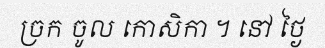
ច្រក ចូល កោសិកា ។ នៅ ថ្ងៃ